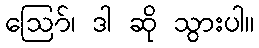
ဪ၊ ဒါ ဆို သွားပါ။